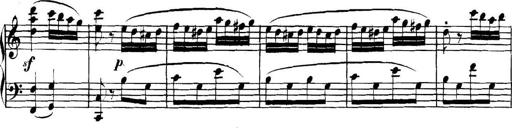
Title: Collected Piano Sonatas
Composer: Muzio Clementi